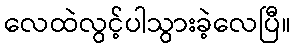
လေထဲလွင့်ပါသွားခဲ့လေပြီ။